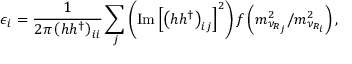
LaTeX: \epsilon _ { i } = \frac { 1 } { 2 \pi \left( h h ^ { \dagger } \right) _ { i i } } \sum _ { j } \left( \mathrm { I m } \left[ \left( h h ^ { \dagger } \right) _ { i j } \right] ^ { 2 } \right) f \left( m _ { \nu _ { R _ { j } } } ^ { 2 } / m _ { \nu _ { R _ { i } } } ^ { 2 } \right) ,